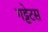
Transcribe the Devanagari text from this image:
गट्टेटस